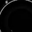
Digit: 8